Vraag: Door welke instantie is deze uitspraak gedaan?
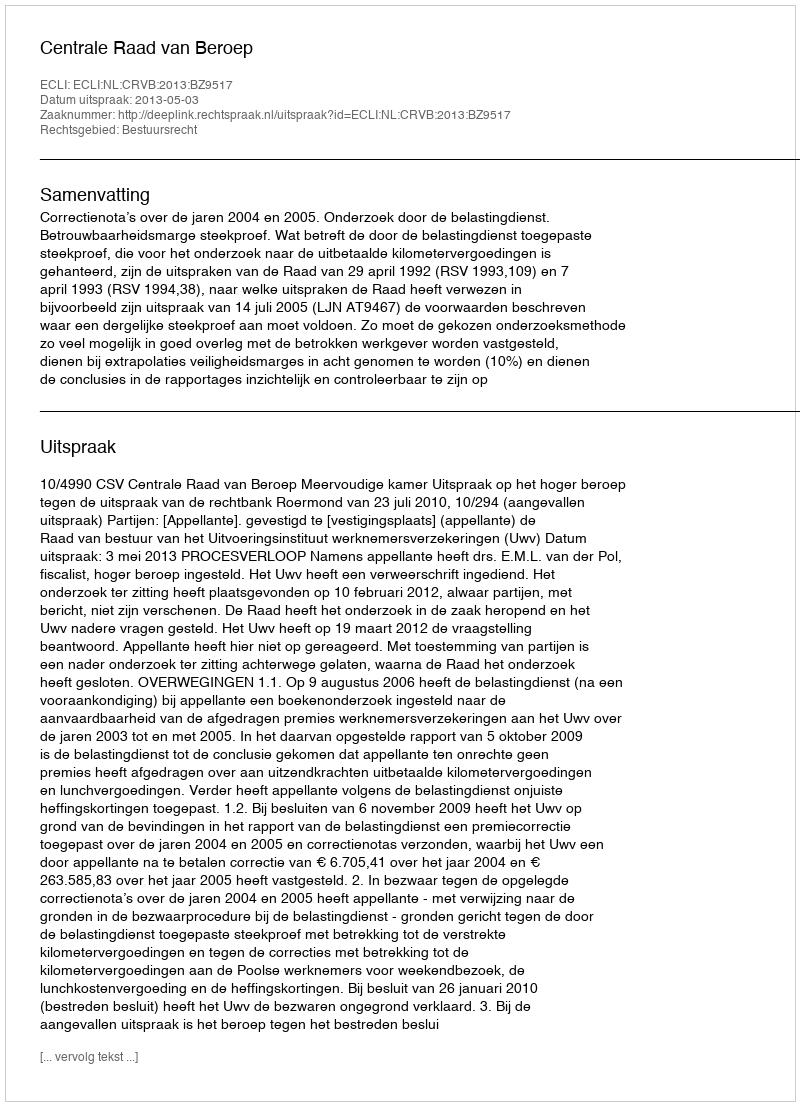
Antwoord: Centrale Raad van Beroep